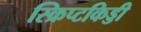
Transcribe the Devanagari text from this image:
स्क्रिप्टकिड्डी